Lunatic asylums Madras 1892-1911 - 1892-1911
Year: 1892
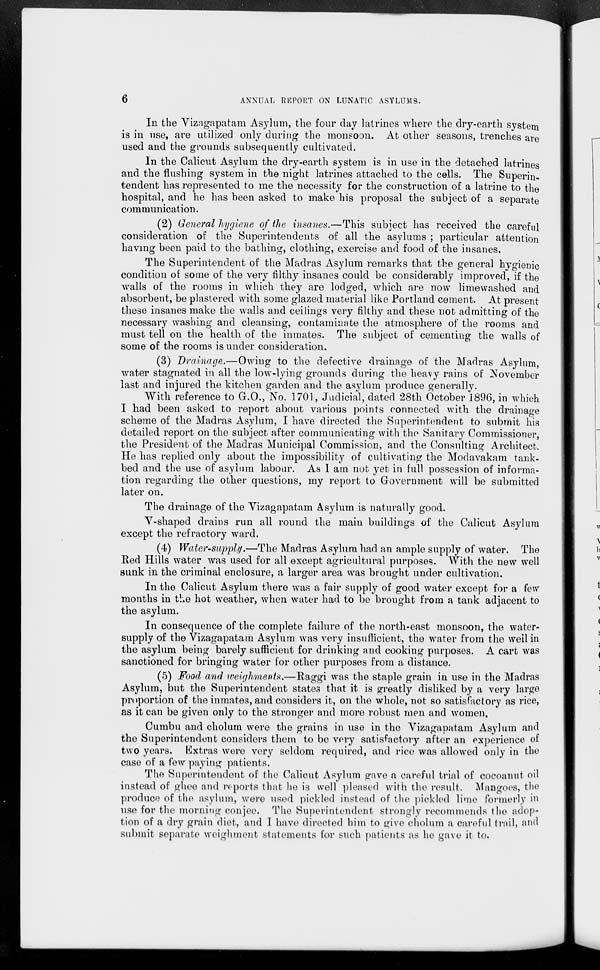
ANNUAL BEPOIIT ON LUNATIC ASYLUMS.
In the Vizagapatam Asylum, the four day latrines where the dry-earth system
is in use, are utilized only during the monsoon. At other seasons, trenches are
used and the grounds subsequently cultivated.
In the Calicut Asylum the dry-earth system is in use in the detached latrines
and the flushing system in the night latrines attached to the cells. The Superin-
tendent has represented to me the necessity for the construction of a latrine to the
hospital, and he has been asked to make his proposal the subject of a separate
communication.
(2) General hygiene of the insanes.—This subject has received the careful
consideration of the Superintendents of all the asylums ; particular attention
having been paid to the bathing, clothing, exercise and food of the insanes.
The Superintendent of the Madras Asylum remarks that the general hygienic
condition of some of the very filthy insanes could be considerably improved, if the
Avails of the rooms in which they are lodged, which are now limewashed and
absorbent, be plastered with some glazed material like Portland cement. At present
these insanes make the walls and ceilings very filthy and these not admitting of the
necessary washing and cleansing, contaminate the atmosphere of the rooms and
must tell on the health of the inmates. The subject of cementing the walls of
some of the rooms is under consideration.
(3) Drainage.—Owing to the defective drainage of the Madras Asylum,
water stagnated in all the low-lying grounds during the heavy rains of November
last and injured the kitchen garden and the asylum produce generally.
With reference to G.O., No. 1701, Judicial, dated 28th October 1896, in which
I had been asked to report about various points connected with the drainage
scheme of the Madras Asylum, I have directed the Superintendent to submit his
detailed report on the subject after communicating with the Sanitary Commissioner,
the President of the Madras Municipal Commission, and the Consulting Architect.
He has replied only about the impossibility of cultivating the Modavakam tank-
bed and the use of asylum labour. As 1 am not yet in full possession of informa-
tion regarding the other questions, my report to Government will be submitted
later on.
The drainage of the Vizagapatam Asylum is naturally good.
V-shaped drains run all round the main buildings of the Calicut Asylum
except the refractory ward.
(4) Water-supply.—The Madras Asylum had an ample supply of water. The
Red Hills water was used for all except agricultural purposes. With the new well
sunk in the criminal enclosure, a larger area was brought under cultivation.
In the Calicut Asylum there was a fair supply of good water except for a few
months in the hot weather, when water had to be brought from a tank adjacent to
the asylum.
In consequence of the complete failure of the north-east monsoon, the water-
supply of the Vizagapatam Asylum was very insufficient, the water from the well in
the asylum being barely sufficient for drinking and cooking purposes. A cart was
sanctioned for bringing water for other purposes from a distance.
(5) Food and weiyhment*.—Raggi was the staple grain in use in the Madras
Asylum, but the Superintendent states that it is greatly disliked by a very large
proportion of the inmates, and considers it, on the whole, not so satisfactory as rice,
as it can be given only to the stronger and more robust men and women.
Cumbu and cholum were the grains in use in the Vizagapatam Asylum and
the Superintendent considers them to be very satisfactory after an experience of
two years. Extras were very seldom required, and rice was allowed only in the
case of a few paying patients.
The Superintendent of the Calicut Asylum gave a careful trial of cocoanut oil
instead of ghee and reports that he is well pleased with the result. Mangoes, the
produce of the asylum, were used pickled instead of the pickled lime formerly in
use for the morning conjee. The Superintendent strongly recommends the adop-
tion of a dry grain diet, and I have directed him to give cholum a careful trail, and
submit separate weighment statements for such patients as he gave it to.